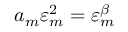
a _ { m } \varepsilon _ { m } ^ { 2 } = \varepsilon _ { m } ^ { \beta }